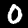
Label: 0